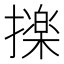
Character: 𭢫